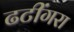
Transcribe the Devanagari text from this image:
ढटींगरा